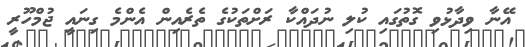
އޭނާ ވިދާޅުވި ގޮތުގައި ކުލި ނުދައްކާ ރަށްތަކުގެ ތެރެއިން އެންމެ ގިނައީ ޖުމްހޫރީ